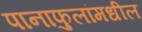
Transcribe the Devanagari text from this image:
पानाफुलांमधील